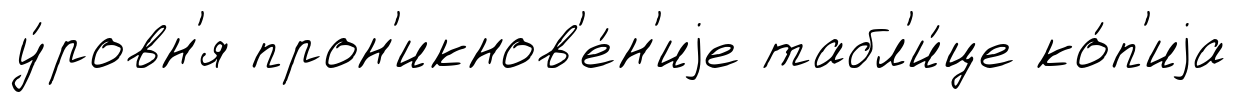
у́ровн'я прон'икнов'е́н'иjе табл'и́це ко́п'иjа